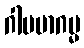
ဂါမမာဂမ္မ